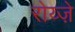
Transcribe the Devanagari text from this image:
रोय्ज़े